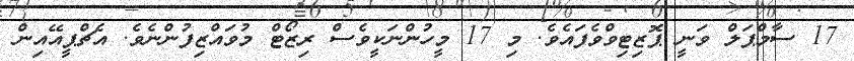
17 ސާމްޕަލް ވަނީ ޕޮޒިޓިވްވެފައެވެ. މި 17 މީހުންނަކީވެސް ރިޒޯޓް މުވައްޒިފުންނެވެ. އެޗްޕީއޭއިން